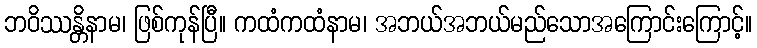
ဘဝိဿန္တိနာမ၊ ဖြစ်ကုန်ပြီ။ ကထံကထံနာမ၊ အဘယ်အဘယ်မည်သောအကြောင်းကြောင့်။